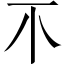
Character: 𣎴